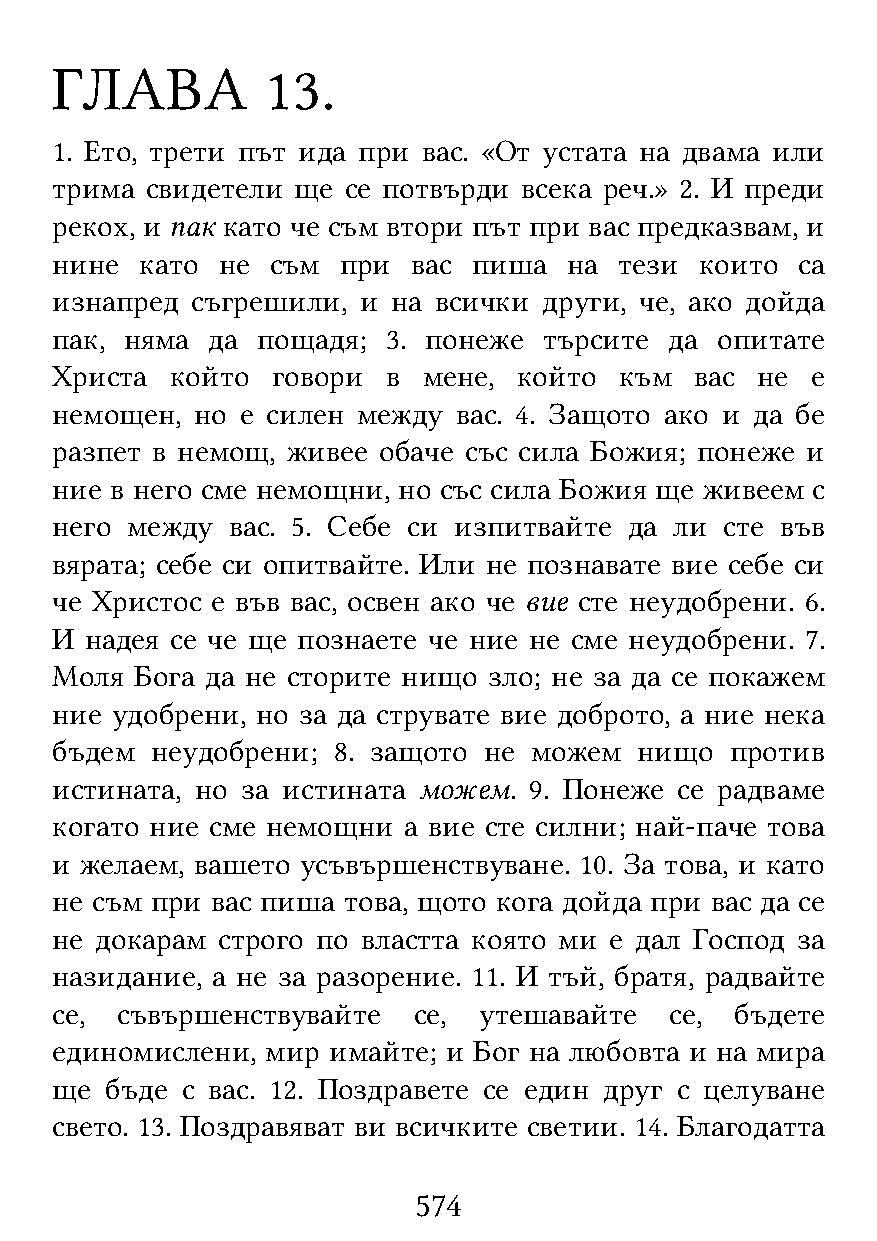
ГЛАВА          13.
 1. Ето, трети път ида при вас. «От устата на двама или
 трима  свидетели ще се потвърди всека реч.» 2. И преди
 рекох, и пак като че съм втори път при вас предказвам, и
 нине  като не  съм при  вас пиша   на тези които  са
 изнапред  съгрешили, и на всички други, че, ако дойда
 пак, няма  да пощадя;  3. понеже търсите да опитате
 Христа  който  говори  в мене, който  към  вас не  е
 немощен,  но е силен между вас. 4. Защото ако и да бе
 разпет в немощ, живее обаче със сила Божия; понеже и
 ние в него сме немощни, но със сила Божия ще живеем с
 него между  вас. 5. Себе си изпитвайте да ли сте във
 вярата; себе си опитвайте. Или не познавате вие себе си
 че Христос е във вас, освен ако че вие сте неудобрени. 6.
 И  надея се че ще познаете че ние не сме неудобрени. 7.
 Моля  Бога да не сторите нищо зло; не за да се покажем
 ние удобрени, но за да струвате вие доброто, а ние нека
 бъдем  неудобрени; 8. защото не можем  нищо  против
 истината, но за истината можем. 9. Понеже се радваме
 когато ние сме немощни  а вие сте силни; най-паче това
 и желаем, вашето усъвършенствуване. 10. За това, и като
 не съм при вас пиша това, щото кога дойда при вас да се
 не докарам строго по властта която ми е дал Господ за
 назидание, а не за разорение. 11. И тъй, братя, радвайте
 се,  съвършенствувайте  се,  утешавайте  се,  бъдете
 единомислени,  мир имайте; и Бог на любовта и на мира
 ще  бъде с вас. 12. Поздравете се един друг с целуване
 свето. 13. Поздравяват ви всичките светии. 14. Благодатта
 574